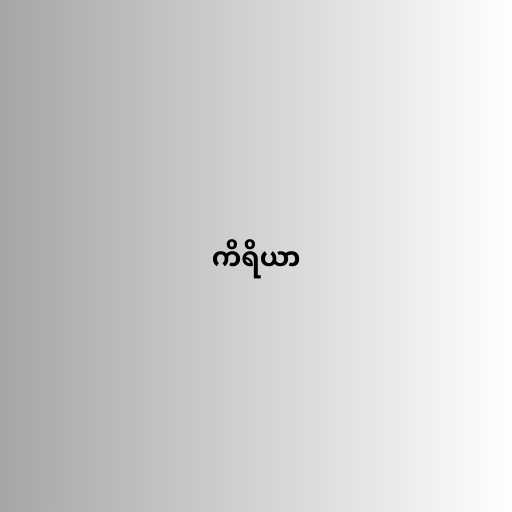
ကိရိယာ